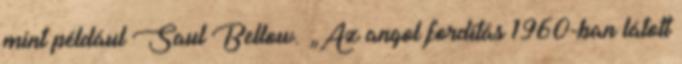
mint például Saul Bellow. „Az angol fordítás 1960-ban látott